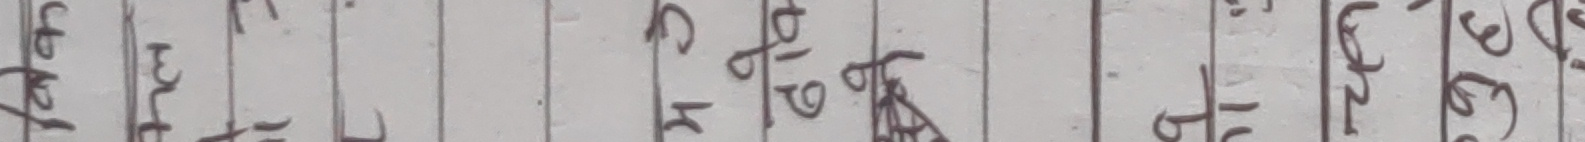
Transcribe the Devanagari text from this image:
५८ ३१ २२ ७